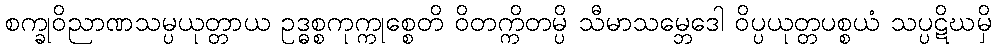
စက္ခုဝိညာဏသမ္ပယုတ္တာယ ဥဒ္ဓစ္စကုက္ကုစ္စေတိ ဝိတက္ကိတမ္ပိ သီမာသမ္ဘေဒေါ ဝိပ္ပယုတ္တပစ္စယံ သပ္ပဋိဃမှိ